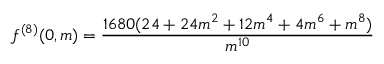
f ^ { ( 8 ) } ( 0 , m ) = \frac { 1 6 8 0 ( 2 4 + 2 4 m ^ { 2 } + 1 2 m ^ { 4 } + 4 m ^ { 6 } + m ^ { 8 } ) } { m ^ { 1 0 } }